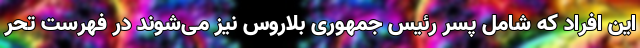
این افراد که شامل پسر رئیس جمهوری بلاروس نیز می‌شوند در فهرست تحر